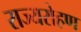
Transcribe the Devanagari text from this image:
राज्यरोहण